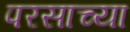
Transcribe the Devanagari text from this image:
परसाच्या